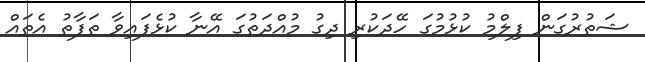
ޝަތުރުގަން ފިލްމު ކުޅުމުގަ ހޭދަކުރި ދިގު މުއްދަތުގަ އޭނާ ކުޅެފައިވާ ތަފާތު އެތައް